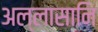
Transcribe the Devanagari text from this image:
अल्लासानि